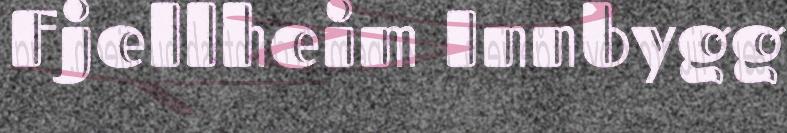
Fjellheim Innbygg